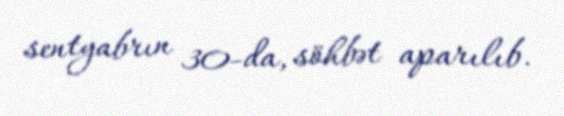
sentyabrın 30-da, söhbət aparılıb.